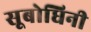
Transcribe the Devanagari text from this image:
सूबोधिनी